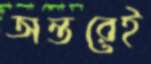
অন্তরেই